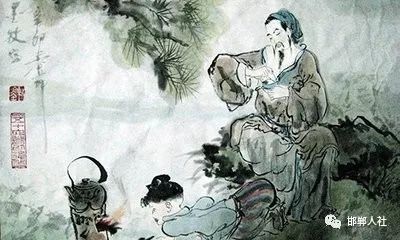
雨雪自飞千嶂外，榆林只隔数峰西。